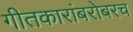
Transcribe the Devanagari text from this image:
गीतकारांबरोबरच